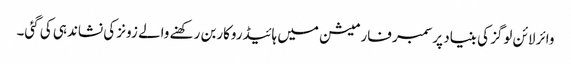
وائر لائن لوگز کی بنیاد پرسمبر فارمیشن میں ہائیڈروکاربن رکھنے والے زونز کی نشاندہی کی گئی۔